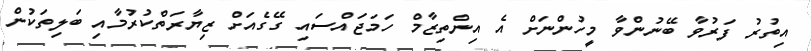
އިތުރު ފަރުވާ ބޭނުންވާ މީހުންނަށް އެ އިންތިޒާމް ހަމަޖައްސައި ގޭގެއަށް ޒިޔާރަތްކުރުމާއި ބަލިތަކުން